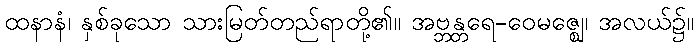
ထနာနံ၊ နှစ်ခုသော သားမြတ်တည်ရာတို့၏။ အဗ္ဘန္တရေ-ဝေမဇ္ဈေ၊ အလယ်၌။